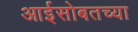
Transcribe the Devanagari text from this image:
आईसोबतच्या